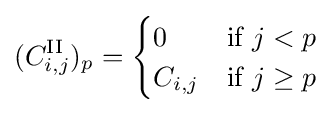
(C_{i,j}^{\textrm {II}})_{p}={\begin{cases}0&{\text{if }}j<p\\C_{i,j}&{\text{if }}j\geq p\end{cases}}